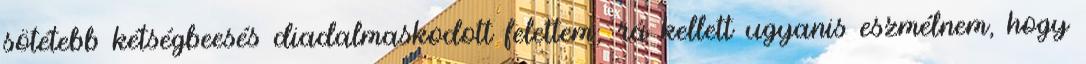
sötétebb kétségbeesés diadalmaskodott felettem; rá kellett ugyanis eszmélnem, hogy